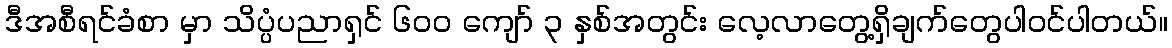
ဒီအစီရင်ခံစာ မှာ သိပ္ပံပညာရှင် ၆၀၀ ကျော် ၃ နှစ်အတွင်း လေ့လာတွေ့ရှိချက်တွေပါဝင်ပါတယ်။